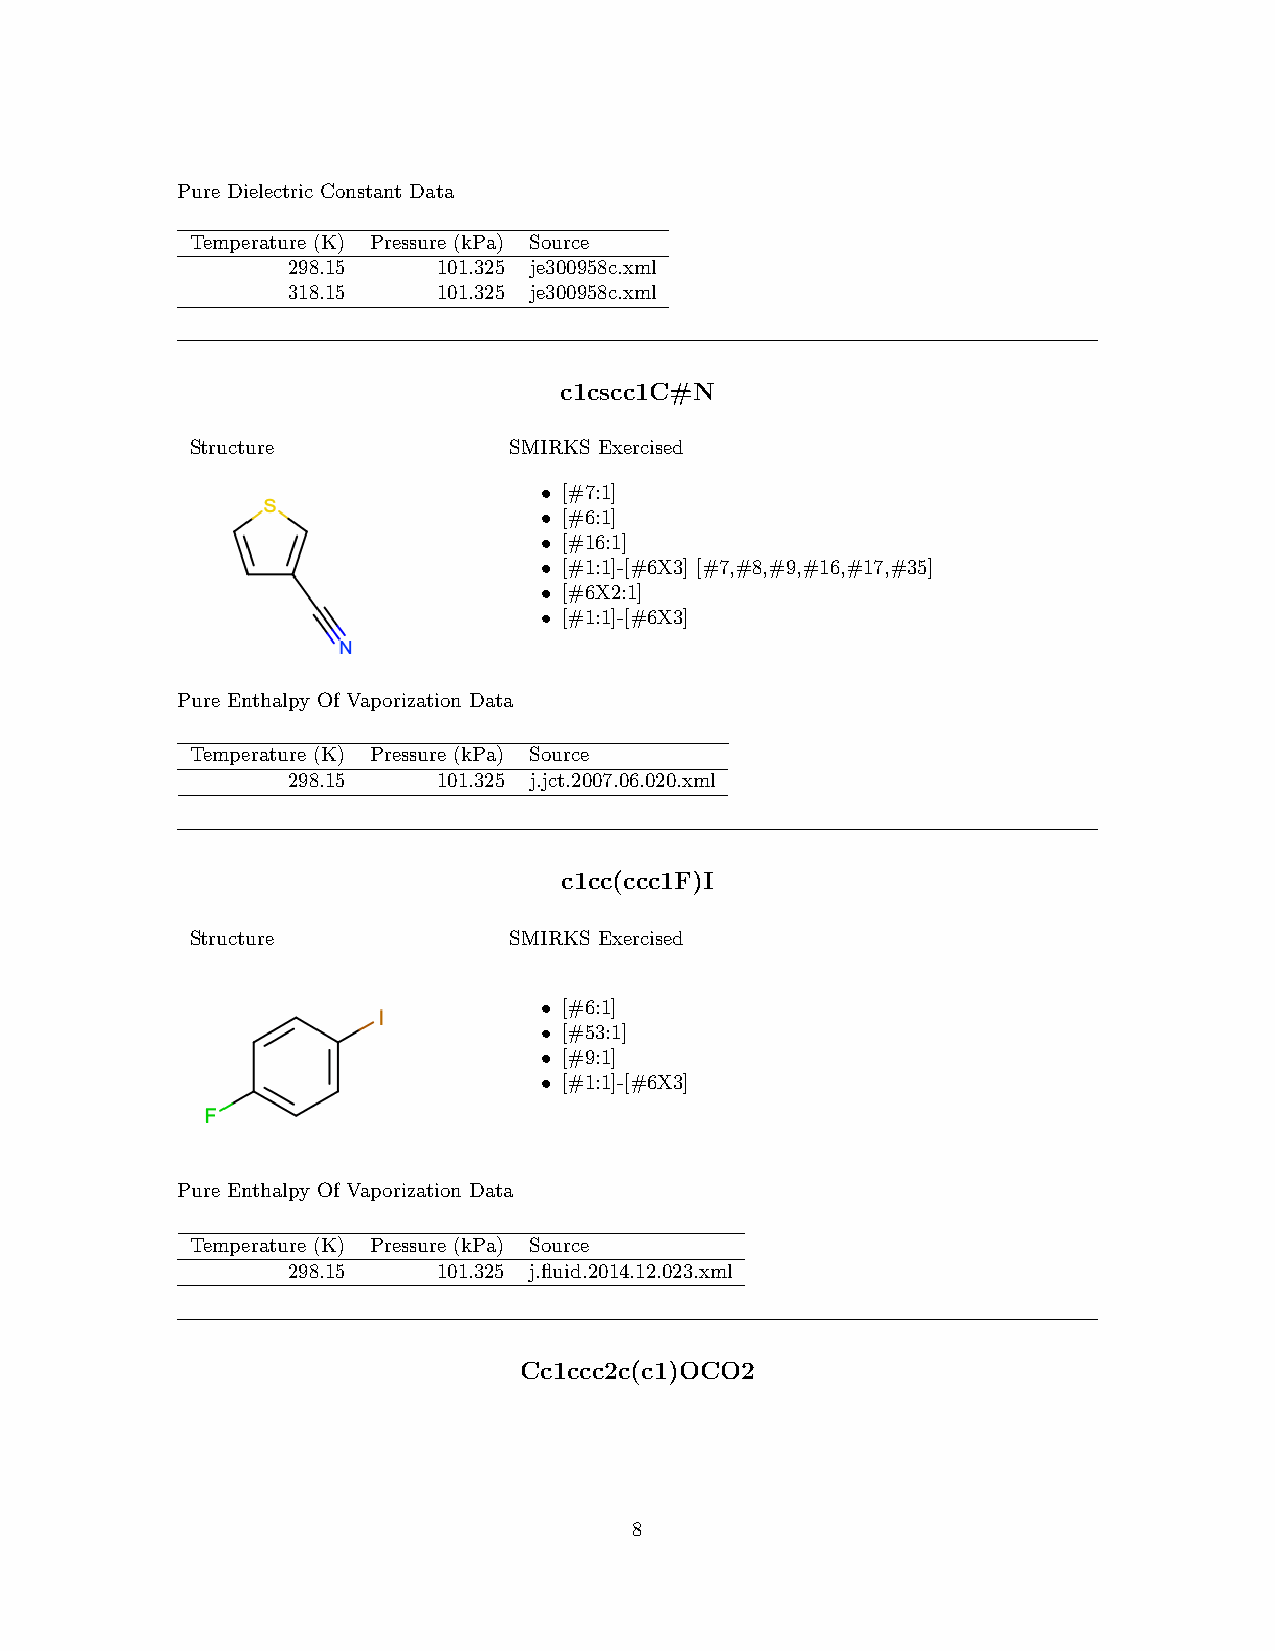
Pure Dielectric Constant Data
 Temperature (K) Pressure (kPa) Source
 298.15    101.325 je300958c.xml
 318.15    101.325 je300958c.xml
 c1cscc1C#N
 Structure            SMIRKS Exercised
 • [#7:1]
 • [#6:1]
 • [#16:1]
 • [#1:1]-[#6X3] [#7,#8,#9,#16,#17,#35]
 • [#6X2:1]
 • [#1:1]-[#6X3]
 Pure Enthalpy Of Vaporization Data
 Temperature (K) Pressure (kPa) Source
 298.15    101.325 j.jct.2007.06.020.xml
 c1cc(ccc1F)I
 Structure            SMIRKS Exercised
 • [#6:1]
 • [#53:1]
 • [#9:1]
 • [#1:1]-[#6X3]
 Pure Enthalpy Of Vaporization Data
 Temperature (K) Pressure (kPa) Source
 298.15    101.325 j.fluid.2014.12.023.xml
 Cc1ccc2c(c1)OCO2
 8